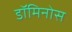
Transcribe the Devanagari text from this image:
डॉमिनोस